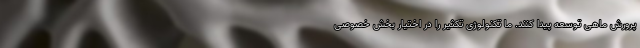
پرورش ماهی توسعه پیدا کنند. ما تکنولوژی تکثیر را در اختیار بخش خصوصی